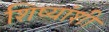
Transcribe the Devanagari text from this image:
शिष्यांशी